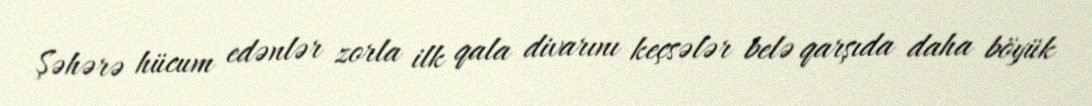
Şəhərə hücum edənlər zorla ilk qala divarını keçsələr belə qarşıda daha böyük